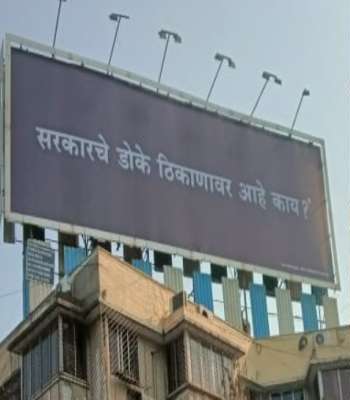
Language: marathi
Transcription: सरकारचे काय? डोके आहे ठिकाणावर